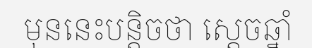
មុននេះបន្តិចថា ស្តេចឆ្នាំ